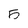
Character: 5